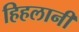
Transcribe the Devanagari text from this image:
हिहलानी